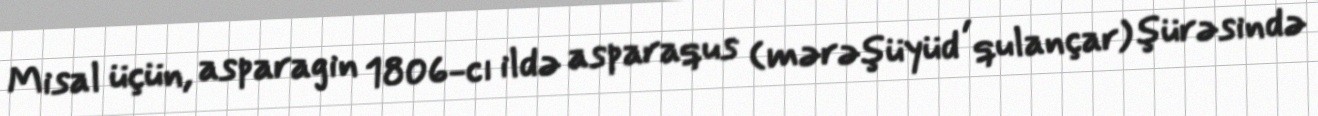
Misal üçün, asparagin 1806-cı ildə asparaqus (mərəşüyüd , qulançar) şürəsində